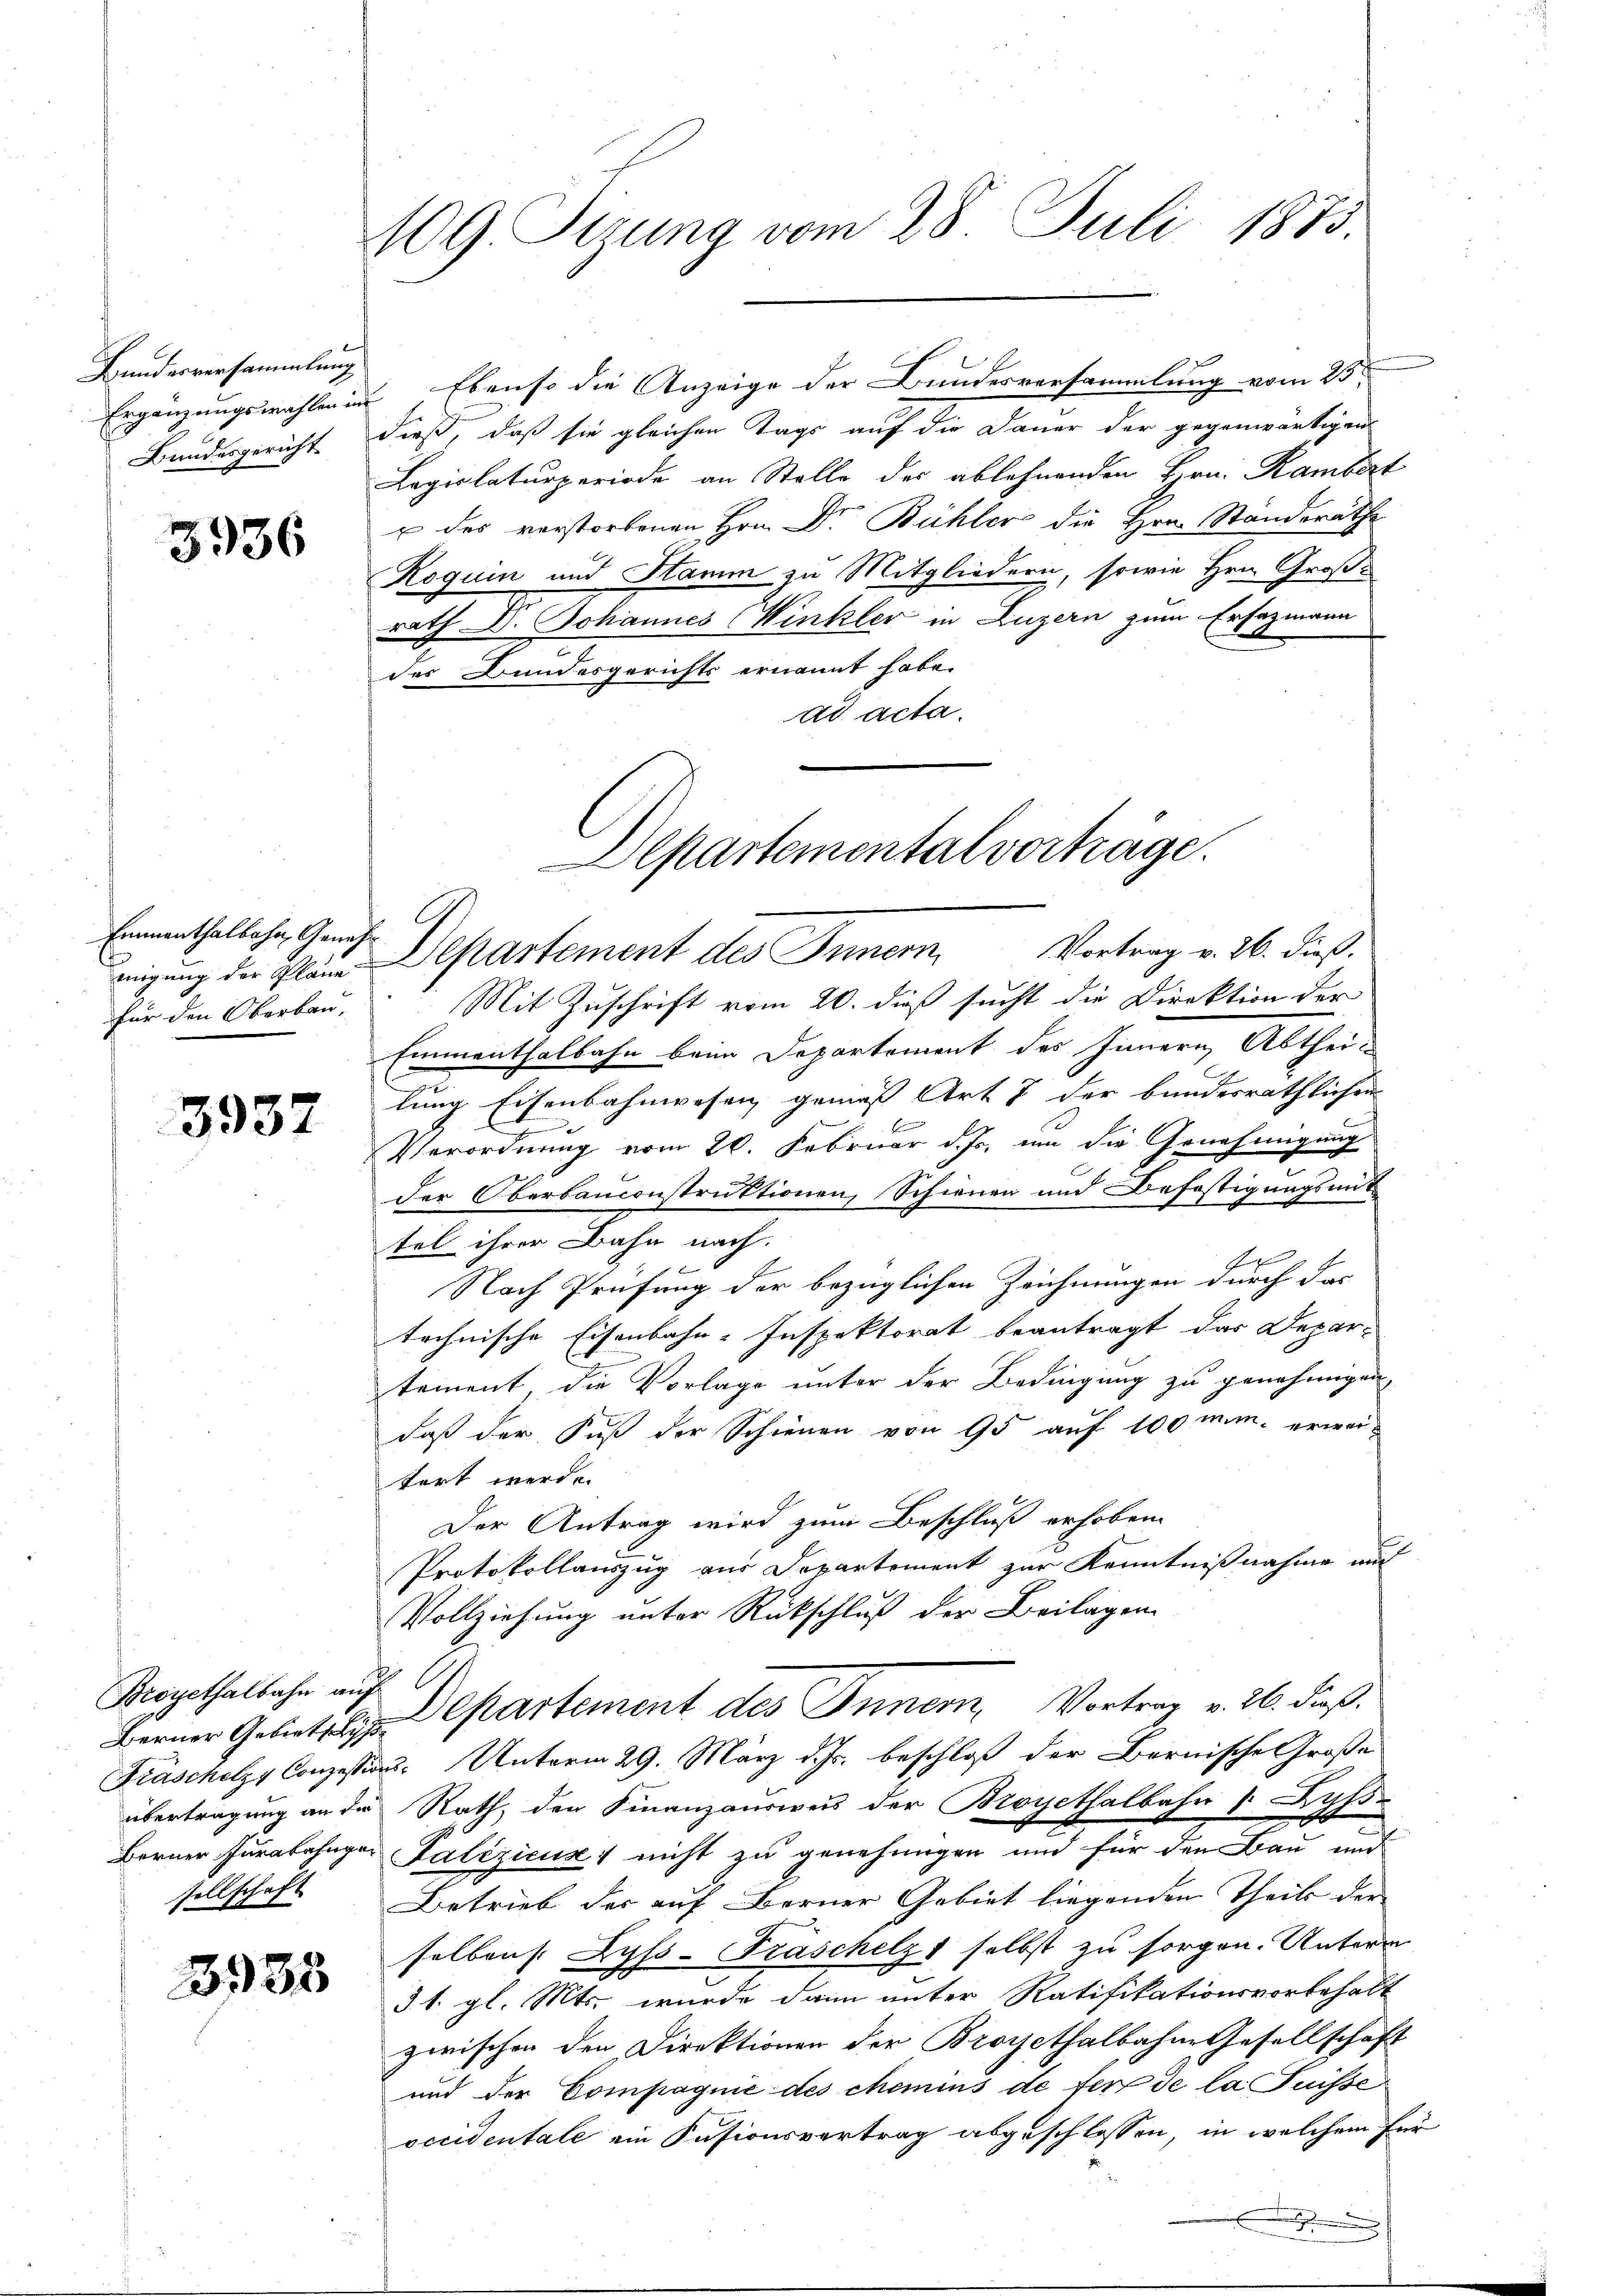
Bunderversammlung
Bundesgericht

3936

Emmenthalbahn, Genehm
für den Oberbau-

3937

Broyethalbahn auf
sellschaft

3935

109. Sizung vom 28. Juli 1873.

Ergänzungswahlen in Ebenso die Anzeige der Bundesversammlung vom 25ten
dieß, daß sie gleichen Tags auf die Dauer der gegenwärtigen
Lagiclaturperiode an Stelle des ablehnenden Hrn. Rambert
u des verstorbenen Hrn. Dr. Bühler die Hrn. Ständeräthe
Roguin und Stamm zu Mitgliedern, sowie Hrn. Große
rath Dr. Johannes Winkler in Luzern zum Erfazmann
des Bundesgerichts ernannt habe.
ad acta.
Mit Zuschrift vom 20. dieß sucht die Direktion der
Emmenthalbahn beim Departement des Innern, Abtheilung Eisenbahnwesen gemäß Art 7 der bundesräthlichen
Verordnung vom 26. Februar d. Js. um die Genehmigung
der Oberbauconstruktionen, Schienen und Befestigungsmit
tel ihrer Bahn nach.
A
A.
Nach Prüfung der bezüglichen Zeichnungen durch das
technische Eisenbahn-Inspektorat beantragt das Depar-
tement die Vorlage unter der Bedingung zu genehmigen
daß der Fuß der Schienen von 95 auf 100 mim- erwei-
tert werde.
Der Antrag wird zum Beschluß erhoben.
Protokollauszug aus Departement zur Kenntnißnahme auf
Vollziehung unter Rückschluß der Beilagen
Berner Gesetzli partement des Innern, Vortrag v. 26. dieß.
Fräscholz, Conzessions-Unterm 29. März d. Js. beschloß der Bernische Große
übertragung an die Rath, den Finanzausweis der Broyethalbahn Byss
Berner Purabahnger Palezicus nicht zu genehmigen und für den Bau und
Betrieb der auf Berner Gebiet liegenden Theils der
2
selben (: Zyss-Traschelz selbst zu sorgen. Unterm
31. gl. Mts. wurde dann unter Ratifikationsvorbehalt
zwischen den Direktionen der Broyethalbahne Gesellschaft
und der Compagnić des chemins de fer de la Puisse
occidentale ein Fusionsvertrag abgeschlossen, in welchem für
.

Departemental vorträge.
migŭng der Pläne Departement des Innern Vortrag v. 26. dieß.